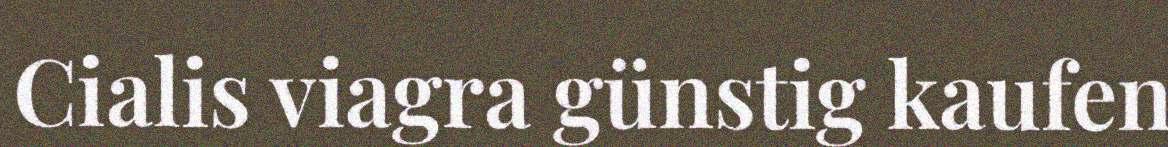
Cialis viagra günstig kaufen